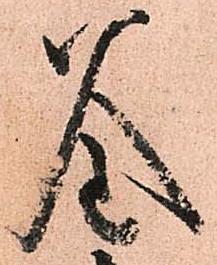
釜